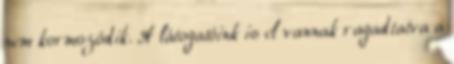
nem kormozódik. A látogatóink is el vannak ragadtatva a